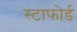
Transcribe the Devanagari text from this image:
स्टाफोर्ड